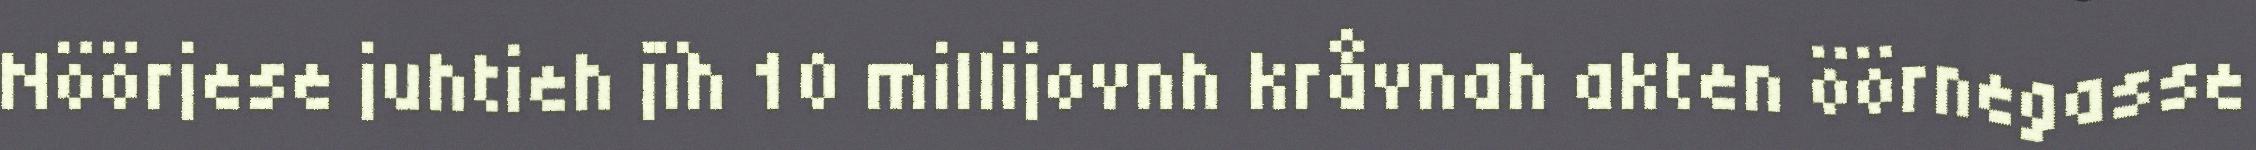
Nöörjese juhtieh jïh 10 millijovnh kråvnah akten öörnegasse